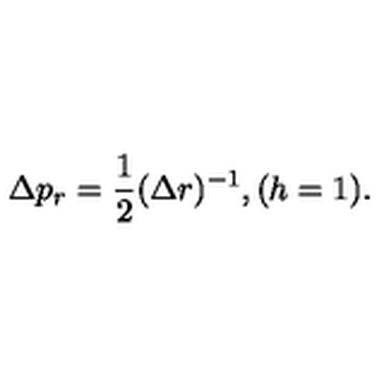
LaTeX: \Delta p _ { r } = \frac { 1 } { 2 } ( \Delta r ) ^ { - 1 } , ( h = 1 ) .